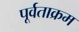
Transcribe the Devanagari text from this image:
पूर्वताक्रम